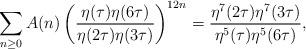
LaTeX: \begin{align*} \sum_{n \geq 0} A (n) \left( \frac{\eta (\tau) \eta (6 \tau)}{\eta (2 \tau) \eta (3 \tau)} \right)^{12 n} = \frac{\eta^7 (2 \tau) \eta^7 (3 \tau)}{\eta^5 (\tau) \eta^5 (6 \tau)}, \end{align*}